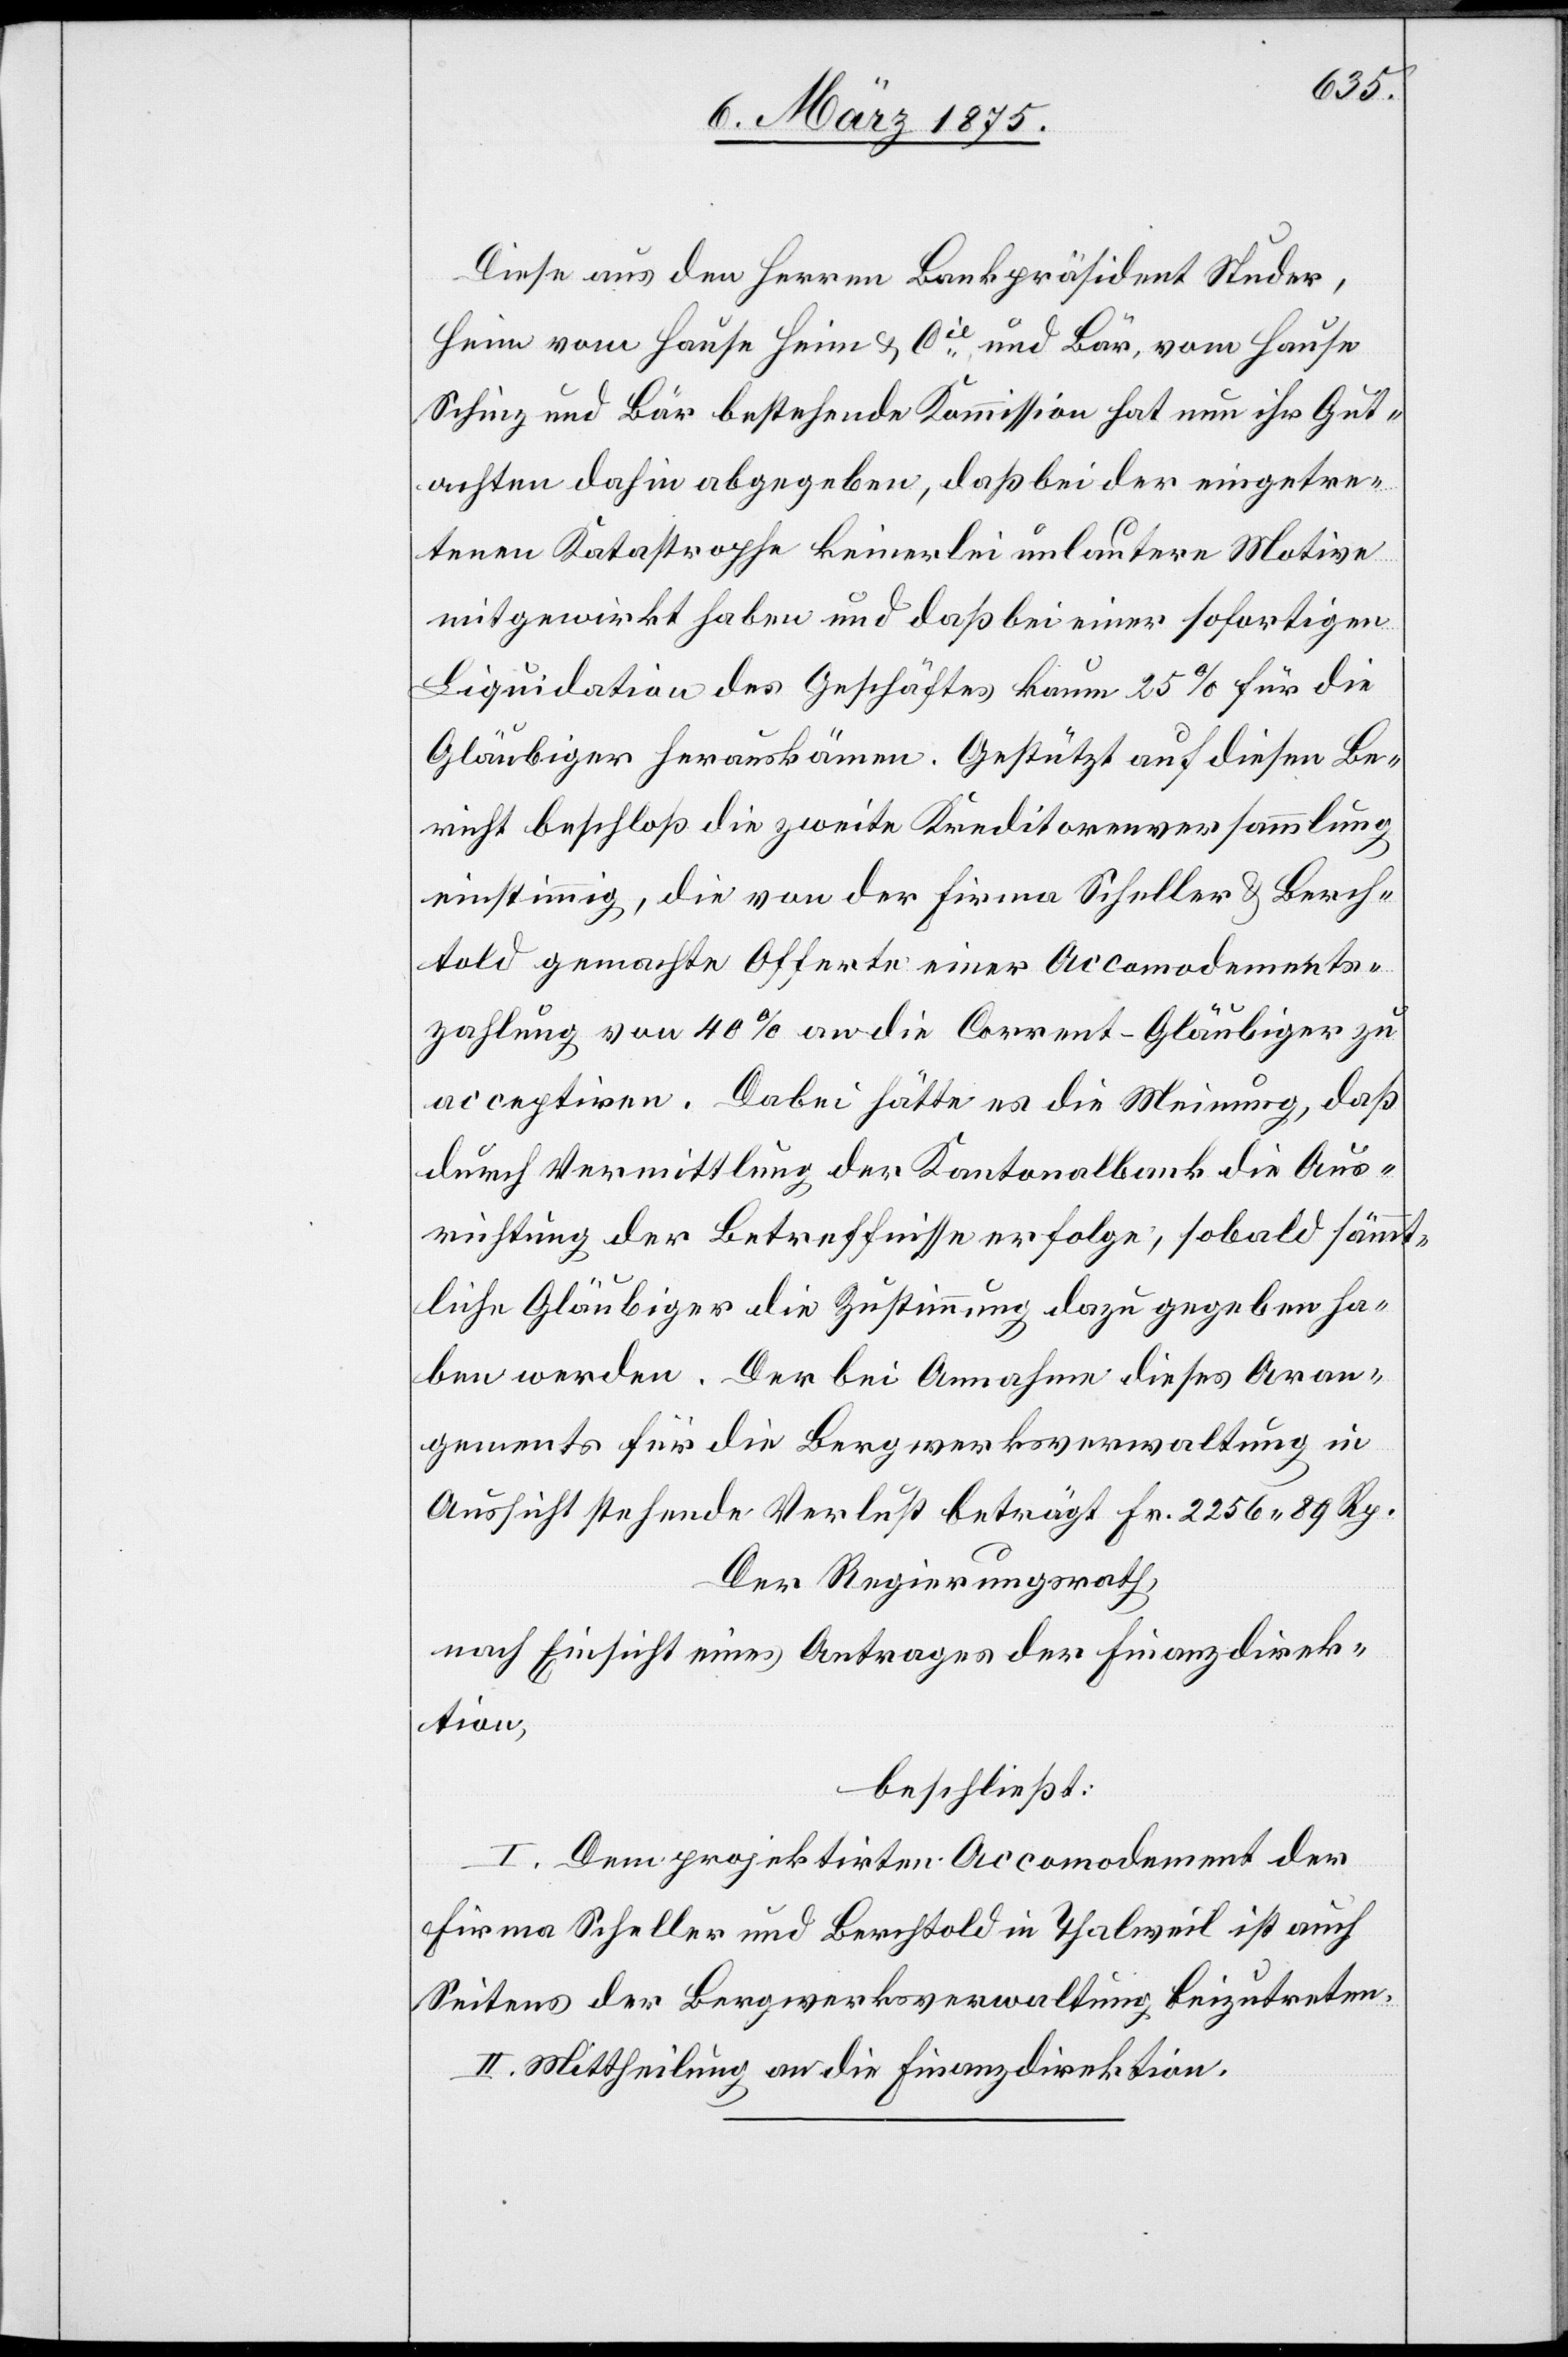
Diese aus den Herren Bankpräsident Studer,
Heim vom Hause Heim & Cie und Bär, vom Hause
Schmuz und Bär bestehende Kommission hat nun ihr Gut¬
achten dahin abgegeben, daß bei der eingetre¬
tenen Katastrophe keinerlei unlautere Motive
mitgewirkt haben und daß bei einer sofortigen
Liquidation des Geschäftes kaum 25% für die
Gläubiger herauskämen. Gestützt auf diesen Be¬
richt beschloß die zweite Kreditorenversammlung
einstimmig, die von der Firma Scheller & Berch¬
told gemachte Offerte einer Accomodements¬
zahlung von 40% an die Corrent-Gläubiger zu
acceptiren. Dabei hätte es die Meinung, daß
durch Vermittlung der Kantonalbank die Aus¬
richtung der Betreffnisse erfolge, sobald sämt¬
liche Gläubiger die Zustimmung dazu gegeben ha¬
ben werden. Der bei Annahme dieses Aran¬
gements für die Bergwerksverwaltung in
Aussicht stehende Verlust beträgt Fr. 2256 89 Rp.
Der Regierungsrath,
mach Einsicht eines Antrages der Finanzdirek¬
tion,
beschließt:
I. Dem projektirten Accomodement der
Firma Scheller und Berchtold in Thalweil ist auf
Seitens der Bergwerksverwaltung beizutreten.
II. Mittheilung an die Finanzdirektion.